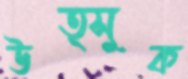
উত্সুক